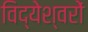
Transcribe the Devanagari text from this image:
विद्येश्वरों